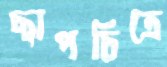
ছাপচিত্রে